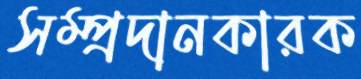
সম্প্রদানকারক